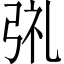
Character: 𫸱